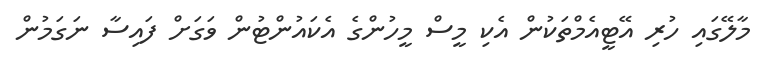
މާލޭގައި ހުރި އޭޓީއެމްތަކުން އެކި މީސް މީހުންގެ އެކައުންޓުން ވަގަށް ފައިސާ ނަގަމުން